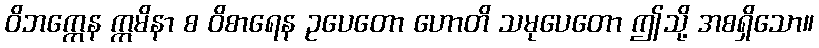
ဝိဘက္ကေန ဣမိနာ စ ဝိစာရေန ဥပေတော ဟောတိ သမုပေတော ဤသို့ အစရှိသော။